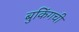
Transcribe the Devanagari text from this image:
बुकिंगची